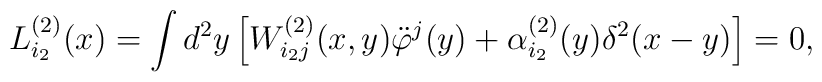
L_{i_2}^{(2)}(x)=\int d^2y \left[W_{i_2j}^{(2)}(x,y)\ddot\varphi^j(y)            +\alpha^{(2)}_{i_2}(y)\delta^2(x-y)\right]=0,